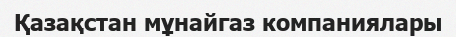
Қазақстан мұнайгаз компаниялары